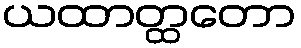
ယထာတ္ထတော